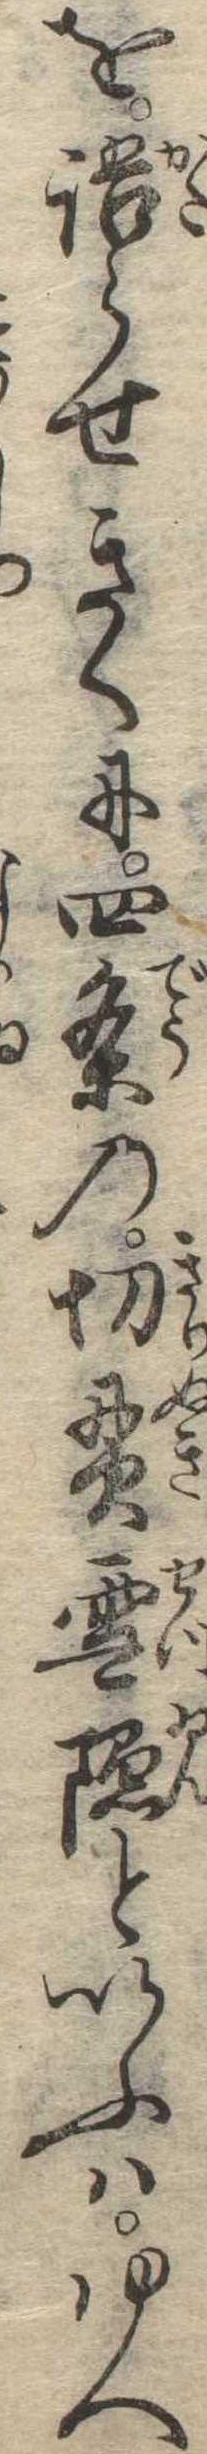
を語らせきくに四条の切貫雪隠といふはゆへ